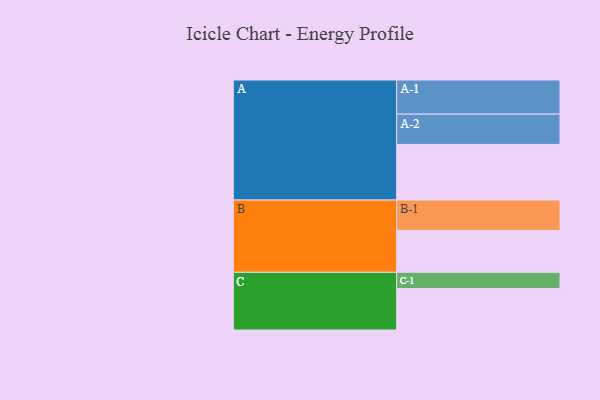
{"axis": {"x": "Segment", "y": "Value"}, "legend": ["", "A", "B", "C"], "data": [{"x": "A", "y": 463, "type": ""}, {"x": "B", "y": 349, "type": ""}, {"x": "C", "y": 345, "type": ""}, {"x": "A-1", "y": 284, "type": "A"}, {"x": "A-2", "y": 252, "type": "A"}, {"x": "B-1", "y": 252, "type": "B"}, {"x": "C-1", "y": 135, "type": "C"}]}